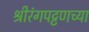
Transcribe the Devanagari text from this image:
श्रीरंगपट्टणच्या